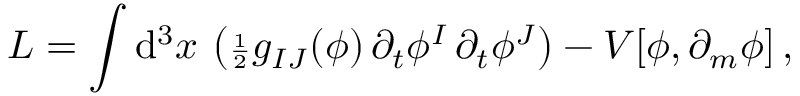
L = \int \mathrm { d } ^ { 3 } x \, \left( { \scriptstyle { \frac { 1 } { 2 } } } g _ { I J } ( \phi ) \, \partial _ { t } \phi ^ { I } \, \partial _ { t } \phi ^ { J } \right) - V [ \phi , \partial _ { m } \phi ] \, ,